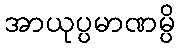
အာယုပ္ပမာဏမ္ပိ